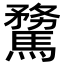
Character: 𩥦